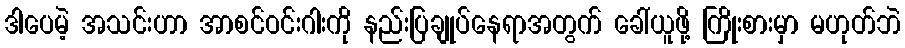
ဒါပေမဲ့ အသင်းဟာ အာစင်ဝင်းဂါးကို နည်းပြချုပ်နေရာအတွက် ခေါ်ယူဖို့ ကြိုးစားမှာ မဟုတ်ဘဲ